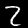
Label: 2